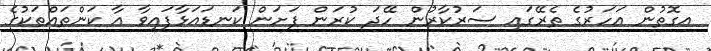
އގޮތުން އަހަރުގެ ތެރޭގައި ސަރުކާރުން ހޭދަ ކުރަން ފަށަން ކަނޑައަޅާފައިވާ އާ ކަންތައްތަކުގެ